Annual administration report of the Civil Veterinary Department of India - 1896-1897
Year: 1896
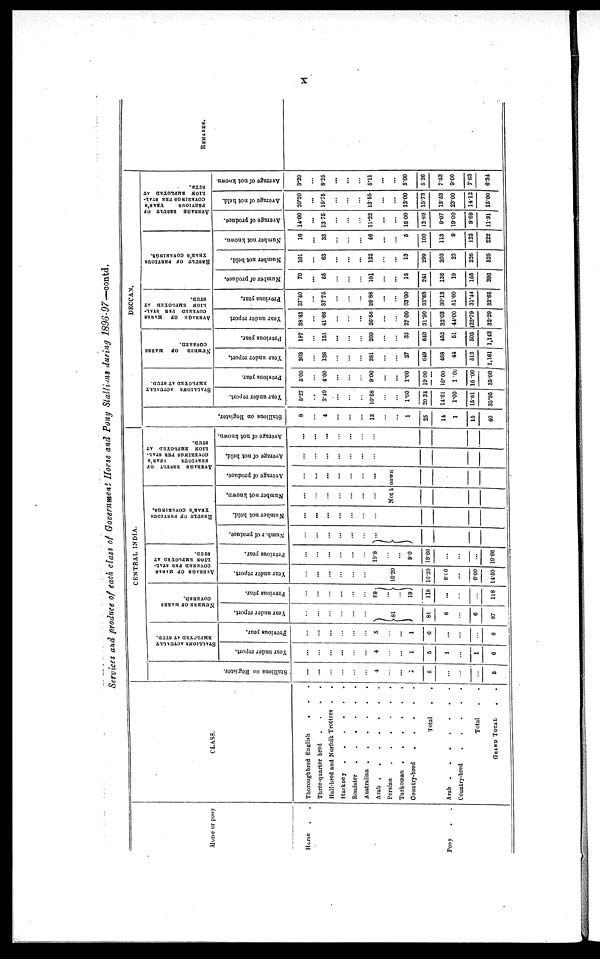
X
Services and produce of each class of Government Horse and Pony Stallims during 1896-97—contd.
Horse or pony
Horse . . .
Pony
CLASS.
Thoroughbred English . . .
Three-quarter bred
.
.
.
.
Half-bred and Norfolk Trotters . .
Hackney
.
.
.
.
.
.
Roadster
.
.
.
.
.
.
Australian
.
.
.
.
.
.
Arab
.
.
.
.
.
.
Persian
.
.
.
.
.
.
Turkoman
.
.
.
.
Country-bred
.
.
.
.
.
Total . .
Arab
.
.
.
.
Country-bred
.
.
.
.
.
.
Total . .
GRAND TOTAL . .
CENTRAL INDIA.
Stallions on Regi st er .
...
...
...
...
...
...
4
...
...
1
5
...
...
...
5
STALLIONS ACTUALLY
EMPLOYED AT STUD.
Year under report.
...
...
...
...
...
...
4
...
...
1
5
1
...
1
6
Previous year.
...
...
...
...
...
...
5
...
...
1
6
...
...
...
6
NUMBER
OF MARES
COVERED.
Year under report.
...
...
...
...
...
...
} 81
81
6
...
6
87
Previous year.
...
...
...
...
...
...
99
...
}
...
19
118
...
...
...
118
AVERAGE
OF MARES
COVERED
PER STAL-
LION EMLOYED AT
STUD.
Year under report.
...
...
...
...
...
...
16.20
16.20
6.00
...
6.00
14.50
Previous year.
...
...
...
...
...
...
19.8
...
...
9.0
19.66
...
...
...
19.66
RESULT
OF PREVIOUS
YEAR'S COVERINGS.
Number of produce.
...
...
...
...
...
...
...
}
...
...
...
...
...
Number not held.
...
...
...
...
...
...
...
...
}
...
...
...
...
...
Number not known.
...
...
...
...
...
...
...
AVERAGE RESULT OF
PREVIOUS
YEAR'S
COVERINGS PER STAL-
LION EMPLOYED AT
STUD.
Average of produce.
...
...
...
...
...
...
...
Not known
...
...
...
...
...
...
...
...
...
...
Average of not held.
...
...
...
...
...
...
...
...
...
...
...
...
Average of not known.
...
...
...
...
...
...
...
...
...
...
...
...
DECCAN.
Stallions on Register.
8
...
4
...
...
...
12
...
...
1
25
14
1
15
40
STALLIONS ACTUALLY
EMPLOYED
AT STUD.
Year under report.
5.27
...
3.49
...
...
...
10-58
...
...
1.00
20.34
14.61
1.00
15.61
35.95
Previous year.
5.00
...
4-00
...
...
...
900
...
...
1.00
19.00
15.00
1.00
16.00
35.00
NUMBER OF
MARES
COVERED.
Year under report.
203
...
138
...
...
...
281
...
...
27
649
468
44
512
1,161
Previous year.
187
151
...
...
...
269
...
...
33
640
452
51
503
1,143
AVERAGE OF
MARES
COVERED
PER STAL-
LION EMPLOYED AT
STUD.
Year under report
38.42
41.66
...
...
...
26.56
...
...
27 00
31.90
32.03
44.00
32.79
32.29
Previous year.
37.40
3775
...
...
...
29-88
...
...
33.00
33.68
30.13
51.00
31.44
32.65
RESULT
OF PERVIOUS
YEAR'S COVERINGS.
Number
of produce.
70
...
55
...
...
...
101
...
...
16
241
136
19
155
396
Number not held.
101
...
63
...
...
...
122
...
...
13
299
203
23
226
525
Number not known.
16
...
33
...
...
...
46
...
...
6
100
113
9
122
222
AVERAGE RESULT OF
PREVIOUS
YEAR'S
COVERINGS PER STAL-
LIOK EMPLOYED AT
STUD.
Average of produce.
14.00
...
13 75
...
...
...
11.22
...
...
15-00
12.69
9.07
19.00
9.69
11.31
Average of not held.
20.20
...
15.75
...
...
...
13.55
...
...
1300
15.73
13.53
23.00
14.12
15.00
Average of not known
3.20
...
8.26
...
...
...
5.11
...
...
5.00
5.26
7.53
9.00
7.63
6.34
REMARKS.